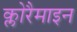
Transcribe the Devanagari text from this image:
क्लोरैमाइन